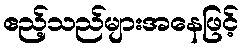
ဧည့်သည်များအနေဖြင့်